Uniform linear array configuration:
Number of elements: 16
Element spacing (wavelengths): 0.5
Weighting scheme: blackman
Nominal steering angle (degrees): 45
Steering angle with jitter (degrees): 46.295
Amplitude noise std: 0.05
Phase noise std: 0.05

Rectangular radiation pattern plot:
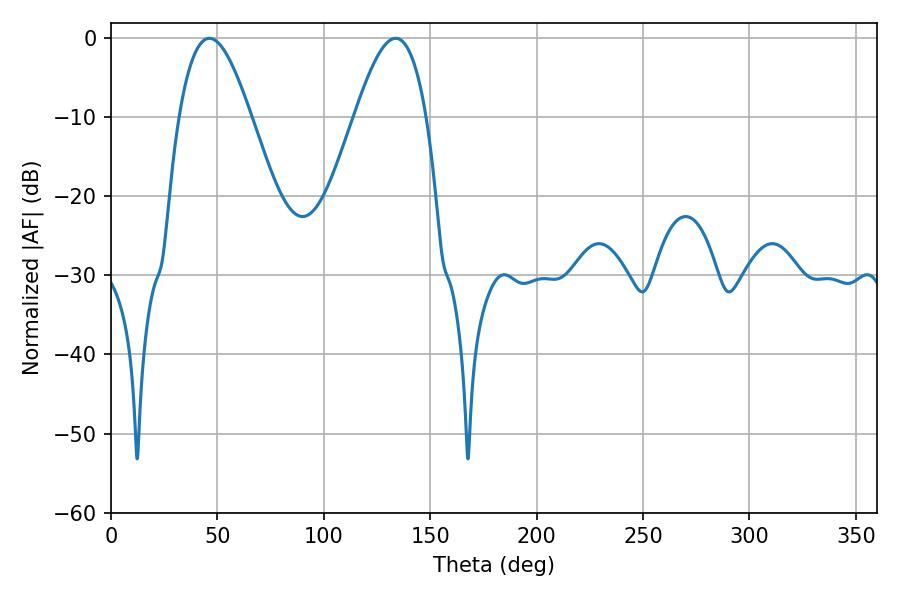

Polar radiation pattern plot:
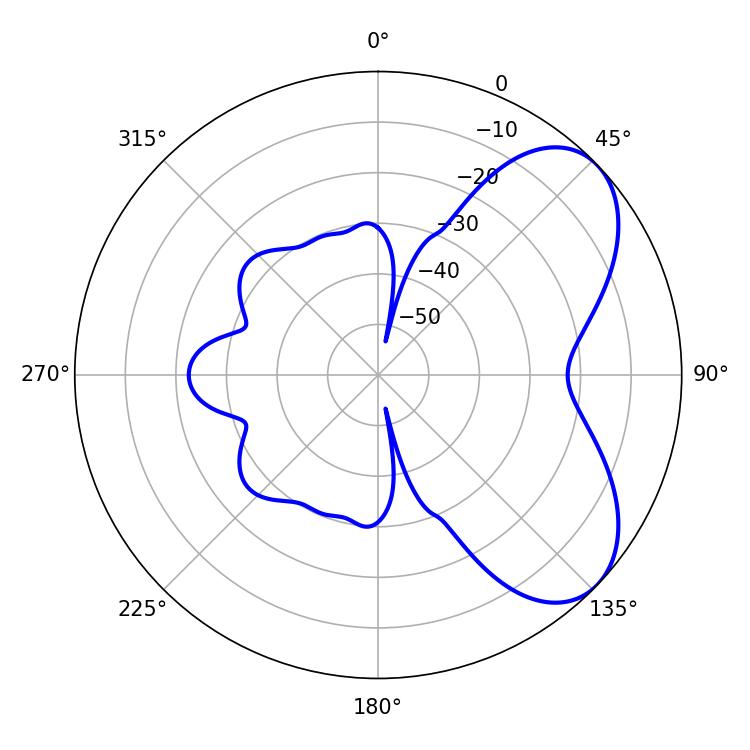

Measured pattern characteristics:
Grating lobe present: FALSE
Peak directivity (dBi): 5.936
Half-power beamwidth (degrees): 18.18
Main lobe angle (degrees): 46.26